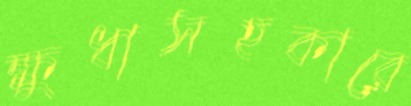
ক্ষুধাসহকারে